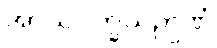
အာသဝက္ခယဉာဏံ